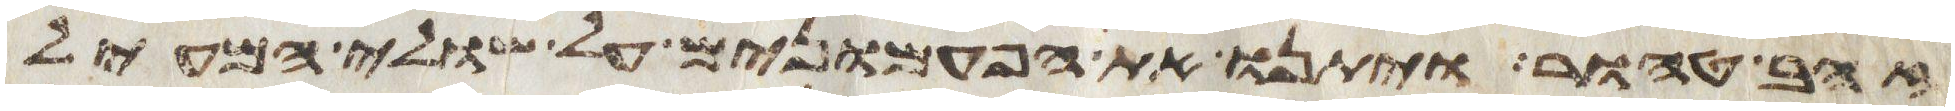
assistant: זהב טהור ויתנו את הפעמונים על שולי המעיל